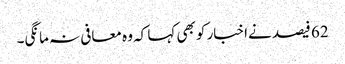
62 فیصد نےاخبار کو بھی کہا کہ وہ معافی نہ مانگی۔